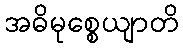
အဓိမုစ္စေယျာတိ